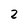
Character: Z